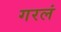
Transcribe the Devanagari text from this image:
गरलं